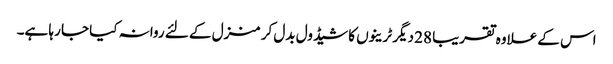
اس کے علاوہ تقریبا 28 دیگر ٹرینوں کا شیڈول بدل کر منزل کے لئے روانہ کیا جا رہا ہے۔